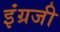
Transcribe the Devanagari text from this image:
इंंग्रजी